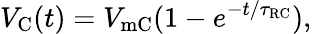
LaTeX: V_{\mathrm{{C}}}(t)=V_{\mathrm{{mC}}}(1-e^{-t/\tau_{\mathrm{{RC}}}}),